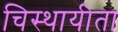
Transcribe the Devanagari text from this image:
चिस्थायीता